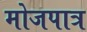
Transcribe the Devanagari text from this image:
मोजपात्र